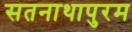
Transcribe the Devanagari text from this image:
सतनाथापुरम